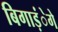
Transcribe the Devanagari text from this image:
बिगाड़ंेगे